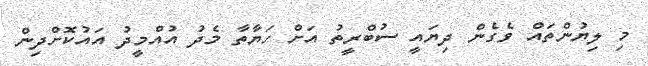
މި ލިޔުންތައް ވެގެން ދިޔައީ ސުބްރީތު އަށް ހަޔާތާ މެދު އުއްމީދު އައުކޮށްދިން